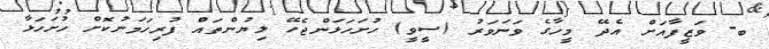
ބ- ވަޒީފާއަށް އެދޭ މީހާގެ ވަނަވަރު (ސީވީ) ހުށަހަޅަންޖެހޭ ލިޔުންތައް ފުރިހަމަނުކޮށް ހުށަހަޅާ